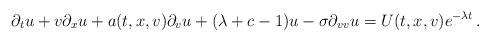
LaTeX: \begin{align*}\partial_t u +v \partial_x u + a(t,x,v) \partial_v u+ (\lambda+c-1) u - \sigma \partial_{vv}u = U(t,x,v) e^{-\lambda t}\,.\end{align*}